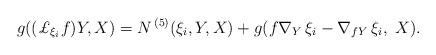
LaTeX: \begin{align*} g((\pounds_{\xi_i}{f})Y,X) &= N^{\,(5)}(\xi_i, Y, X) +g({f}\nabla_{Y}\,\xi_i - \nabla_{{f} Y}\,\xi_i,\ X).\end{align*}